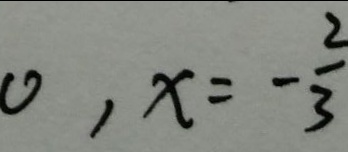
0 , x = - \frac { 2 } { 3 }